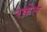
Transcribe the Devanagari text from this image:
रक़ेल